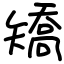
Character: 矯